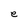
Character: e